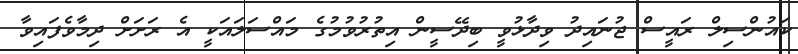
ކައުންސިލް ރައީސް ޖުނައިދު ވިދާޅުވީ ބިދޭސީން އިތުރުވުމުގެ މައްސަލައަކީ އެ ރަށަށް ދިމާވެފައިވާ